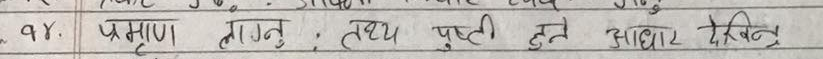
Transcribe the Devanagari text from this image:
१४. प्रमाण लाग्नु, तथ्य पुष्टी हुने आधार देखिन्छ।